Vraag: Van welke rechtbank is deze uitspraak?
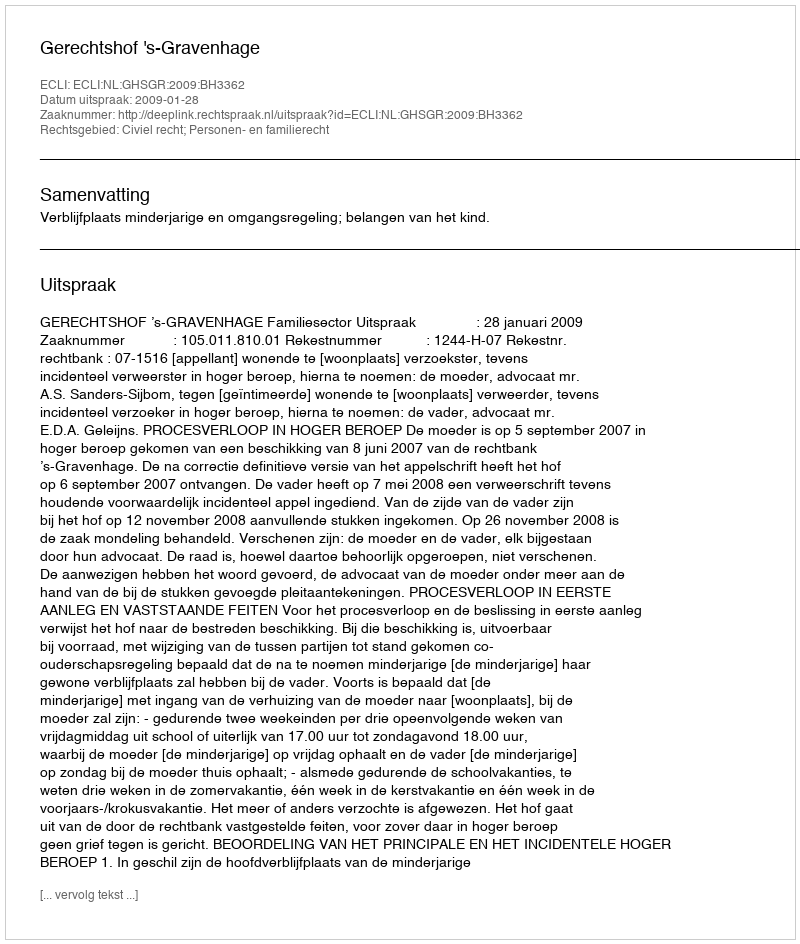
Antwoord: Gerechtshof 's-Gravenhage